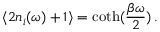
\langle 2 n _ { i } ( \omega ) + 1 \rangle = \coth ( \frac { \beta \omega } { 2 } ) \, .